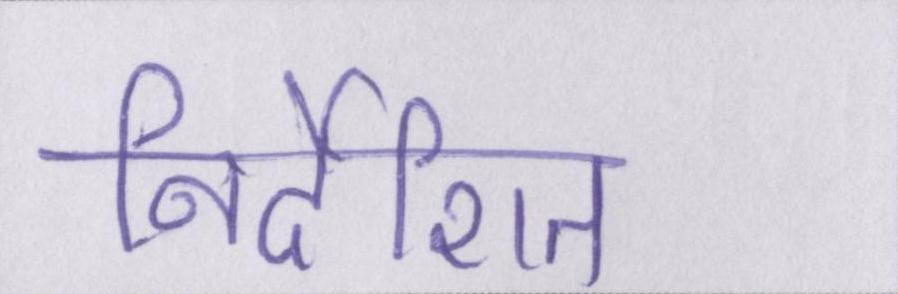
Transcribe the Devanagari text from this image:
निर्देशित